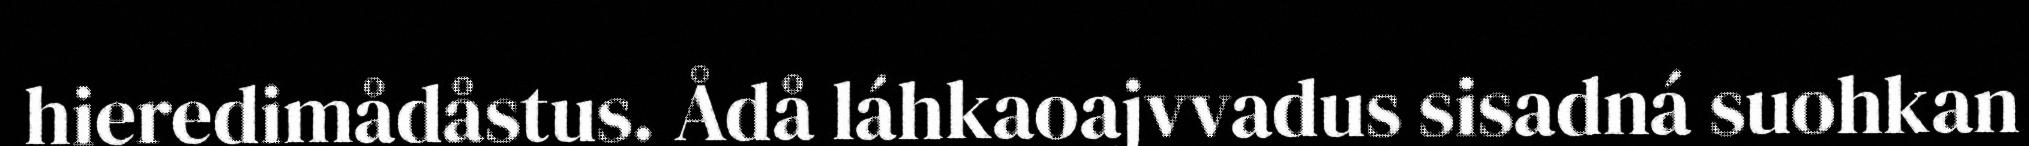
hieredimådåstus. Ådå láhkaoajvvadus sisadná suohkan